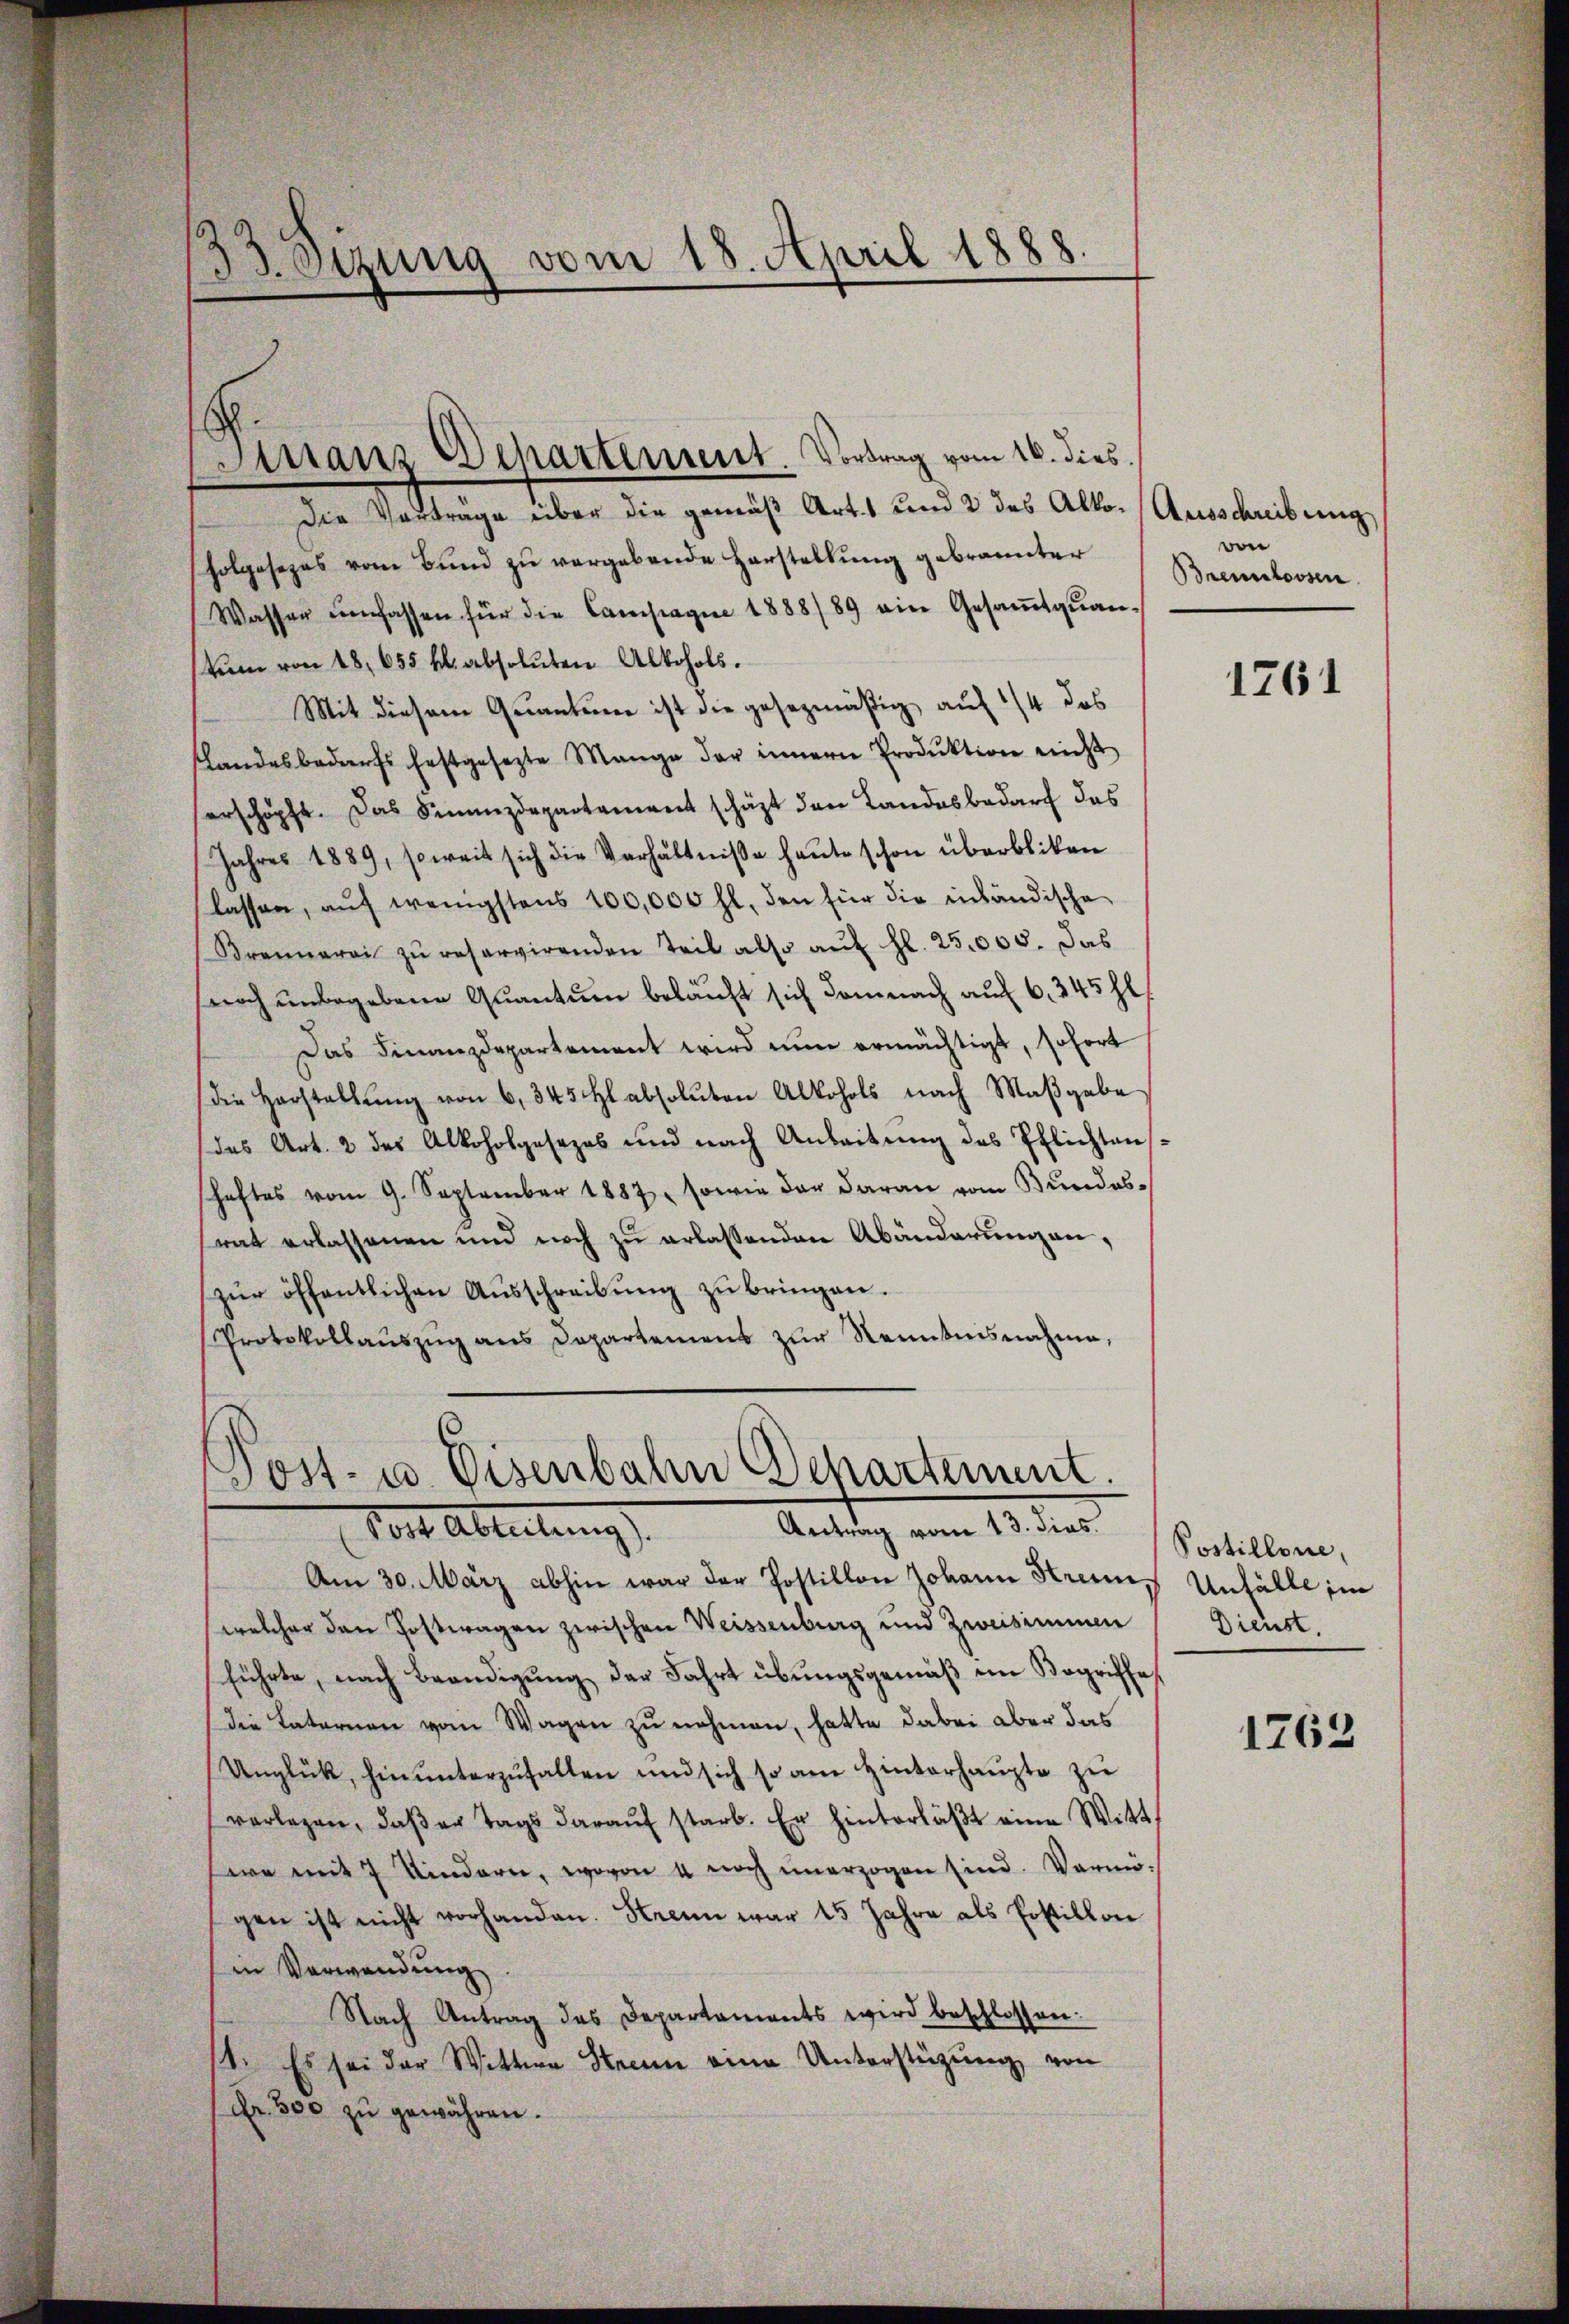
33.Otzung vom 18. April 1888.

Die Vorträge über die gemäß Art. 1 und 2 des Alto- Ausschreibung
folgesezes vom Bund zu vergebende Horstellung gebrannter
Wassen umfassen für die Campagne 1888/89 ein Gesaṁtqŭan-
stum von 18, 655 fl. absoluten Alkohols.
Mit diesem Quantum ist die gesezmäßig auf 1/4 das
Landesbedarfs festgesetzte Mange der innern Produktion nicht
erschöpft. Das Finanzdepartament schäft den Landesbedarf das
Jahres 1889, soweit sich die Verhältnisse heute schon überbliben
lassen, auf wenigstens 100,000 fl. den für die inländische
Brennerei zŭ reservirenden Teil also auf fl. 25,005. Das
noch unbegebene Quantum beläuft sich demnach auf 6. 345 fl
Das Finanzdepartement wird nun ermächtigt, sofort
die Herstellŭng von 6, 345 Hl absoluten Alkohols nach Maβgabe
das Art. 2 des Alkoholgesezes und nach Anleitung des Pflichtensshaftes vom 9. September 1887, sowie der daran vom Bundes-
rat erlassenen und noch zu erlassenden Abänderungen,
zŭr öffentlichen Aŭsschreibŭng zu bringen.
Protokollaŭszŭg ans Departement zŭr Kenntnisnahme,

s
Finanz Departement. Vortrag vom 16. dies

Post- u. Eisenbahn Departement.
Antrag vom 13. dies
Post Abteilung

Am 30. März abhin war der Postillon Johann Strenn
welcher den Postwagen zwischen Weissenburg und Zweisimmen
führte, nach Beendigung der Fahrt übungsgemäß im Begriffes
die Laternen vom Wagen zu nehmen, hatte dabei aber das
Unglük, hin ŭnterzŭhalten und sich so am Hinterhaŭpte zŭ
verlegen, daβ er tags daraŭf starb. Er hinterläβt eine Witt
ere mit 7 Kindern, wovon 4 noch unerzogen sind. Vermögen ist nicht vorhanden. Strenn war 15 Jahre als Postillon
in Verwendung.
Nach Antrag des Departaments wird beschlossen:
1. Es sei der Wittwe Strenn eine Unterstüzung von
Fr. 500 zŭ gewähren.

von
Brennlossen.

1761

Postillone,
Unfälle im
Dienst.

1763